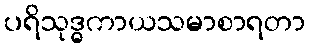
ပရိသုဒ္ဓကာယသမာစာရတာ